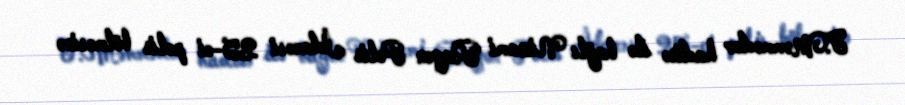
F.Məmmədov hadisə ilə bağlı Nizami Rayon Polis İdarəsi 25-ci polis bölməsinə